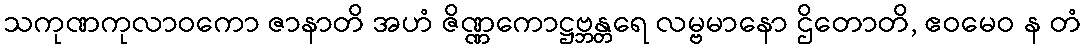
သကုဏကုလာဝကော ဇာနာတိ အဟံ ဇိဏ္ဏကောဋ္ဌဗ္ဘန္တရေ လမ္ဗမာနော ဌိတောတိ, ဧဝမေဝ န တံ